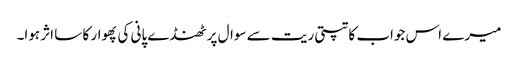
میرے اس جواب کا تپتی ریت سے سوال پر ٹھنڈے پانی کی پھوار کا سا اثر ہوا۔